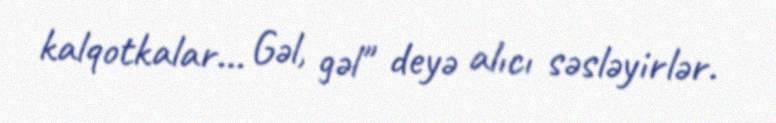
kalqotkalar... Gəl, gəl" deyə alıcı səsləyirlər.